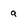
Character: a